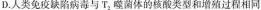
D.人类免疫陷病毒与T_{2}，噬菌体的核酸类型和增殖过程相同